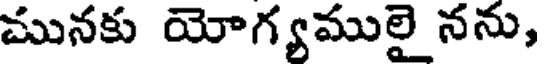
మునకు యోగ్యములై నను,